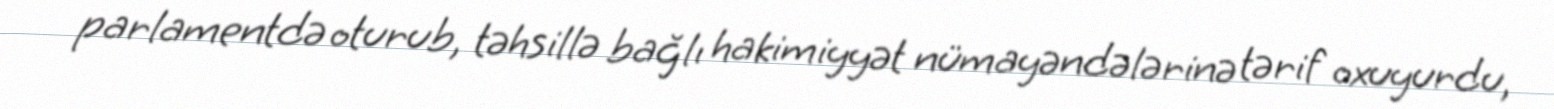
parlamentdə oturub, təhsillə bağlı hakimiyyət nümayəndələrinə tərif oxuyurdu,